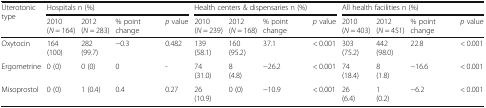
<table><thead><tr><td rowspan="2"><b>Uterotonic type</b></td><td colspan="4"><b>Hospitals n (%)</b></td><td colspan="4"><b>Health centers &amp; dispensaries n (%)</b></td><td colspan="4"><b>All health facilities n (%)</b></td></tr><tr><td><b>2010 (<i>N</i> = 164)</b></td><td><b>2012 (<i>N</i> = 283)</b></td><td><b>% point change</b></td><td><b><i>p</i> value</b></td><td><b>2010 (<i>N</i> = 239)</b></td><td><b>2012 (<i>N</i> = 168)</b></td><td><b>% point change</b></td><td><b><i>p</i> value</b></td><td><b>2010 (<i>N</i> = 403)</b></td><td><b>2012 (<i>N</i> = 451)</b></td><td><b>% point change</b></td><td><b><i>p</i> value</b></td></tr></thead><tbody><tr><td>Oxytocin</td><td>164 (100)</td><td>282 (99.7)</td><td>−0.3</td><td>0.482</td><td>139 (58.1)</td><td>160 (95.2)</td><td>37.1</td><td>&lt; 0.001</td><td>303 (75.2)</td><td>442 (98.0)</td><td>22.8</td><td>&lt; 0.001</td></tr><tr><td>Ergometrine</td><td>0 (0)</td><td>0 (0)</td><td>0</td><td>-</td><td>74 (31.0)</td><td>8 (4.8)</td><td>−26.2</td><td>&lt; 0.001</td><td>74 (18.4)</td><td>8 (1.8)</td><td>−16.6</td><td>&lt; 0.001</td></tr><tr><td>Misoprostol</td><td>0 (0)</td><td>1 (0.4)</td><td>0.4</td><td>0.27</td><td>26 (10.9)</td><td>0 (0)</td><td>−10.9</td><td>&lt; 0.001</td><td>26 (6.4)</td><td>1 (0.2)</td><td>−6.2</td><td>&lt; 0.001</td></tr></tbody></table>